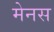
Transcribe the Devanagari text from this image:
मेनस